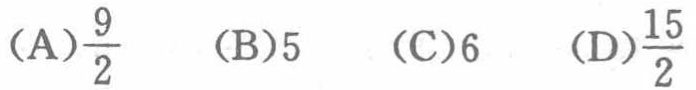
(A)$\frac{9}{2}$  (B)$5$  (C)$6$  (D)$\frac{15}{2}$